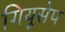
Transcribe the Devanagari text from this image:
गियूसेप